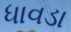
ધાવડા